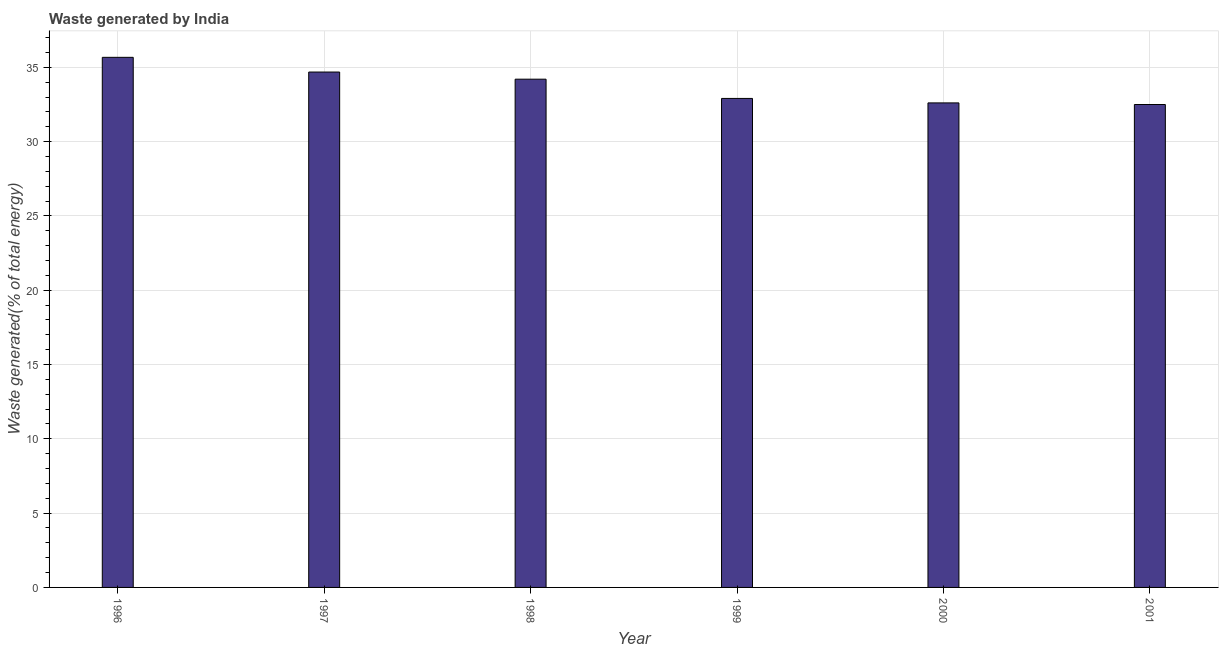
| Year | Combustible renewables and waste (% of total energy) |
 | --- | --- |
 | 1996 | 35.7 |
 | 1997 | 34.7 |
 | 1998 | 34.2 |
 | 1999 | 32.9 |
 | 2000 | 32.6 |
 | 2001 | 32.5 |